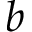
b